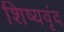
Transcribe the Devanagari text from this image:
शिष्यवृंद